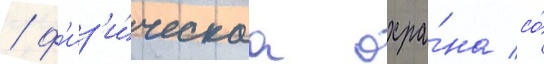
/ ф'из'и́ческаа охра́на со́